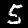
Digit: 5